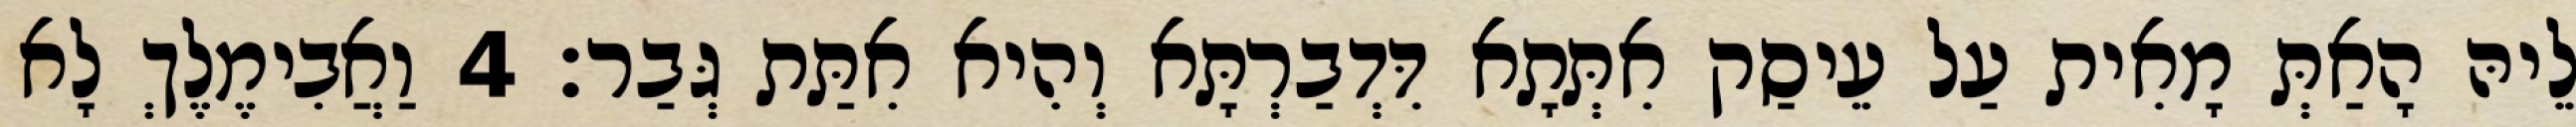
לֵיהּ הָאַתְּ מָאִית עַל עֵיסַק אִתְּתָא דִּדְבַרְתָּא וְהִיא אִתַּת גְּבַר׃ 4 וַאֲבִימֶלֶךְ לָא